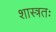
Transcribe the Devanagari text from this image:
शास्त्रतः